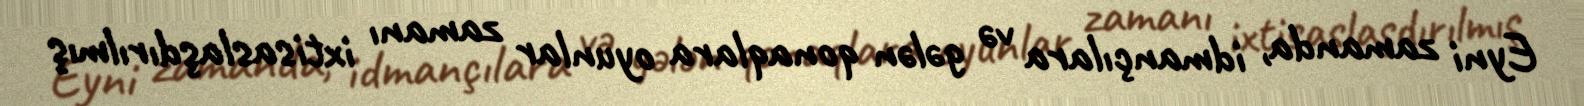
Eyni zamanda, idmançılara və gələn qonaqlara oyunlar zamanı ixtisaslaşdırılmış